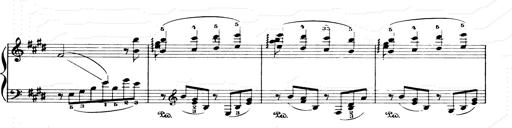
Title: Consolations and LiebestrÃ¤ume for the Piano
Composer: Franz Liszt